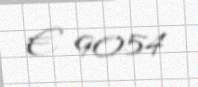
€ 9054